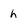
Character: h